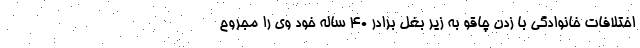
اختلافات خانوادگی با زدن چاقو به زیر بغل برادر ۴۰ ساله خود وی را مجروح